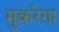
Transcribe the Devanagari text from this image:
मुकरेगा